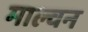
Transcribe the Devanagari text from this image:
माल्वन